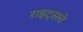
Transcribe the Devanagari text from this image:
राइट्सचे